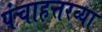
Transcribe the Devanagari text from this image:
पंचाहत्तरव्या